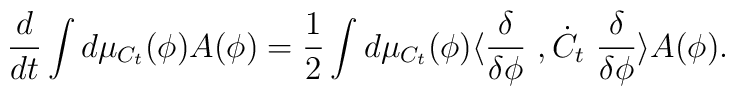
\frac{d}{dt} \int d\mu_{C_t} (\phi ) A(\phi ) = \frac{1}{2} \int d\mu_{C_t} (\phi )  \langle \frac{\delta }{\delta \phi }\ , \dot C_t \ \frac{\delta }{\delta \phi } \rangle A(\phi ).